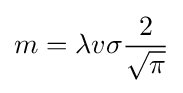
m=\lambda v\sigma {\frac {2}{\sqrt {\pi }}}